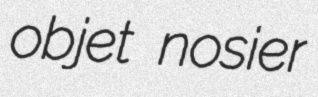
objet nosier